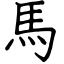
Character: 馬